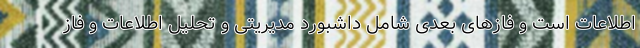
اطلاعات است و فازهای بعدی شامل داشبورد مدیریتی و تحلیل اطلاعات و فاز